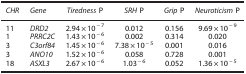
<table><thead><tr><td><b><i>CHR</i></b></td><td><b><i>Gene</i></b></td><td><b><i>Tiredness</i> P</b></td><td><b><i>SRH</i> P</b></td><td><b><i>Grip</i> P</b></td><td><b><i>Neuroticism</i> P</b></td></tr></thead><tbody><tr><td>11</td><td><i>DRD2</i></td><td>2.94 × 10<sup>−7</sup></td><td>0.012</td><td>0.156</td><td>9.69 × 10<sup>−9</sup></td></tr><tr><td>1</td><td><i>PRRC2C</i></td><td>1.43 × 10<sup>−6</sup></td><td>0.002</td><td>0.314</td><td>0.020</td></tr><tr><td>3</td><td><i>C3orf84</i></td><td>1.45 × 10<sup>−6</sup></td><td>7.38 × 10<sup>−5</sup></td><td>0.001</td><td>0.016</td></tr><tr><td>3</td><td><i>ANO10</i></td><td>1.52 × 10<sup>−6</sup></td><td>0.058</td><td>0.728</td><td>0.001</td></tr><tr><td>18</td><td><i>ASXL3</i></td><td>2.67 × 10<sup>−6</sup></td><td>1.03<sup>−6</sup></td><td>0.052</td><td>1.36 × 10<sup>−5</sup></td></tr></tbody></table>